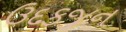
ઉદકજન